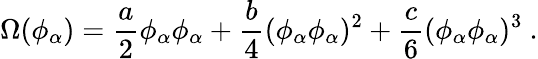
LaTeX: \Omega(\phi_{\alpha})=\frac a2\phi_{\alpha}\phi_{\alpha}+\frac b4(\phi_{\alpha}\phi_{\alpha})^{2}+\frac c6(\phi_{\alpha}\phi_{\alpha})^{3}\ .